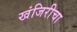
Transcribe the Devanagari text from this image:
खंजिरीचा